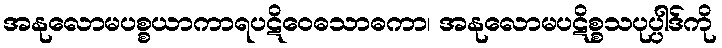
အနုလောမပစ္စယာကာရပဋိဝေဓသာဓကာ၊ အနုလောမပဋိစ္စသပုပ္ပါဒ်ကို